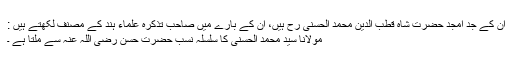
ان کے جد امجد حضرت شاہ قطب الدین محمد الحسنی رح ہیں، ان کے بارے میں صاحب تذکرہ علماء ہند کے مصنف لکھتے ہیں :
مولانا سید محمد الحسنی کا سلسلہ نسب حضرت حسن رضی اللہ عنہ سے ملتا ہے ۔